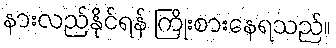
နားလည်နိုင်ရန် ကြိုးစားနေရသည်။